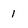
Character: I